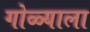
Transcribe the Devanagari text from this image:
गोळ्याला